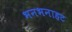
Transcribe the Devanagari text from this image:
भनभनाहट